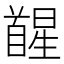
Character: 𮩥